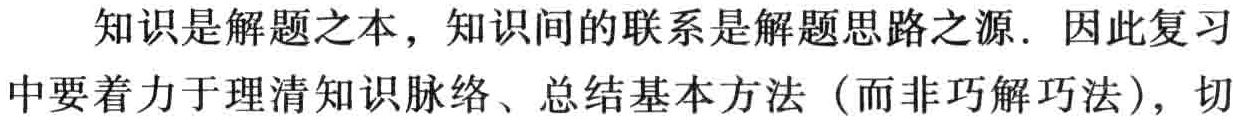
知识是解题之本，知识间的联系是解题思路之源. 因此复习中要着力于理清知识脉络、总结基本方法（而非巧解巧法），切